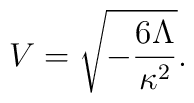
V=\sqrt{-\frac{6\Lambda}{\kappa^2}}.